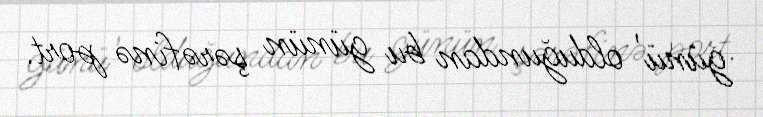
günü' olduğundan bu günün şərəfinə port.